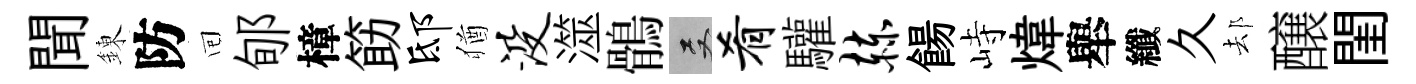
聞錬防囘郇樟筯邸猶没澨鶻双肴驩赫餳峙煒舉纖久𨚫醸閨